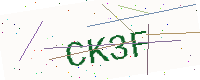
Text: CK3F